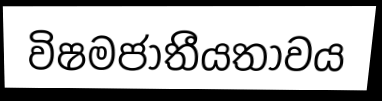
විෂමජාතීයතාවය